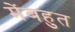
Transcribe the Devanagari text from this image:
मेंबहुत